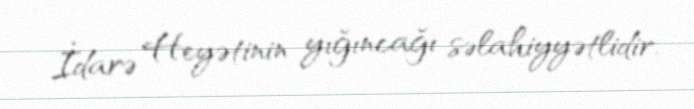
İdarə Heyətinin yığıncağı səlahiyyətlidir.